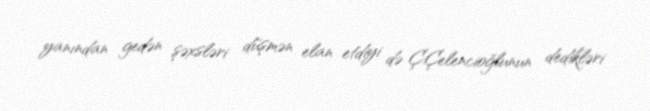
yanından gedən şəxsləri düşmən elan etdiyi də Ç.Çelencioğlunun dedikləri